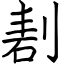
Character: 剨